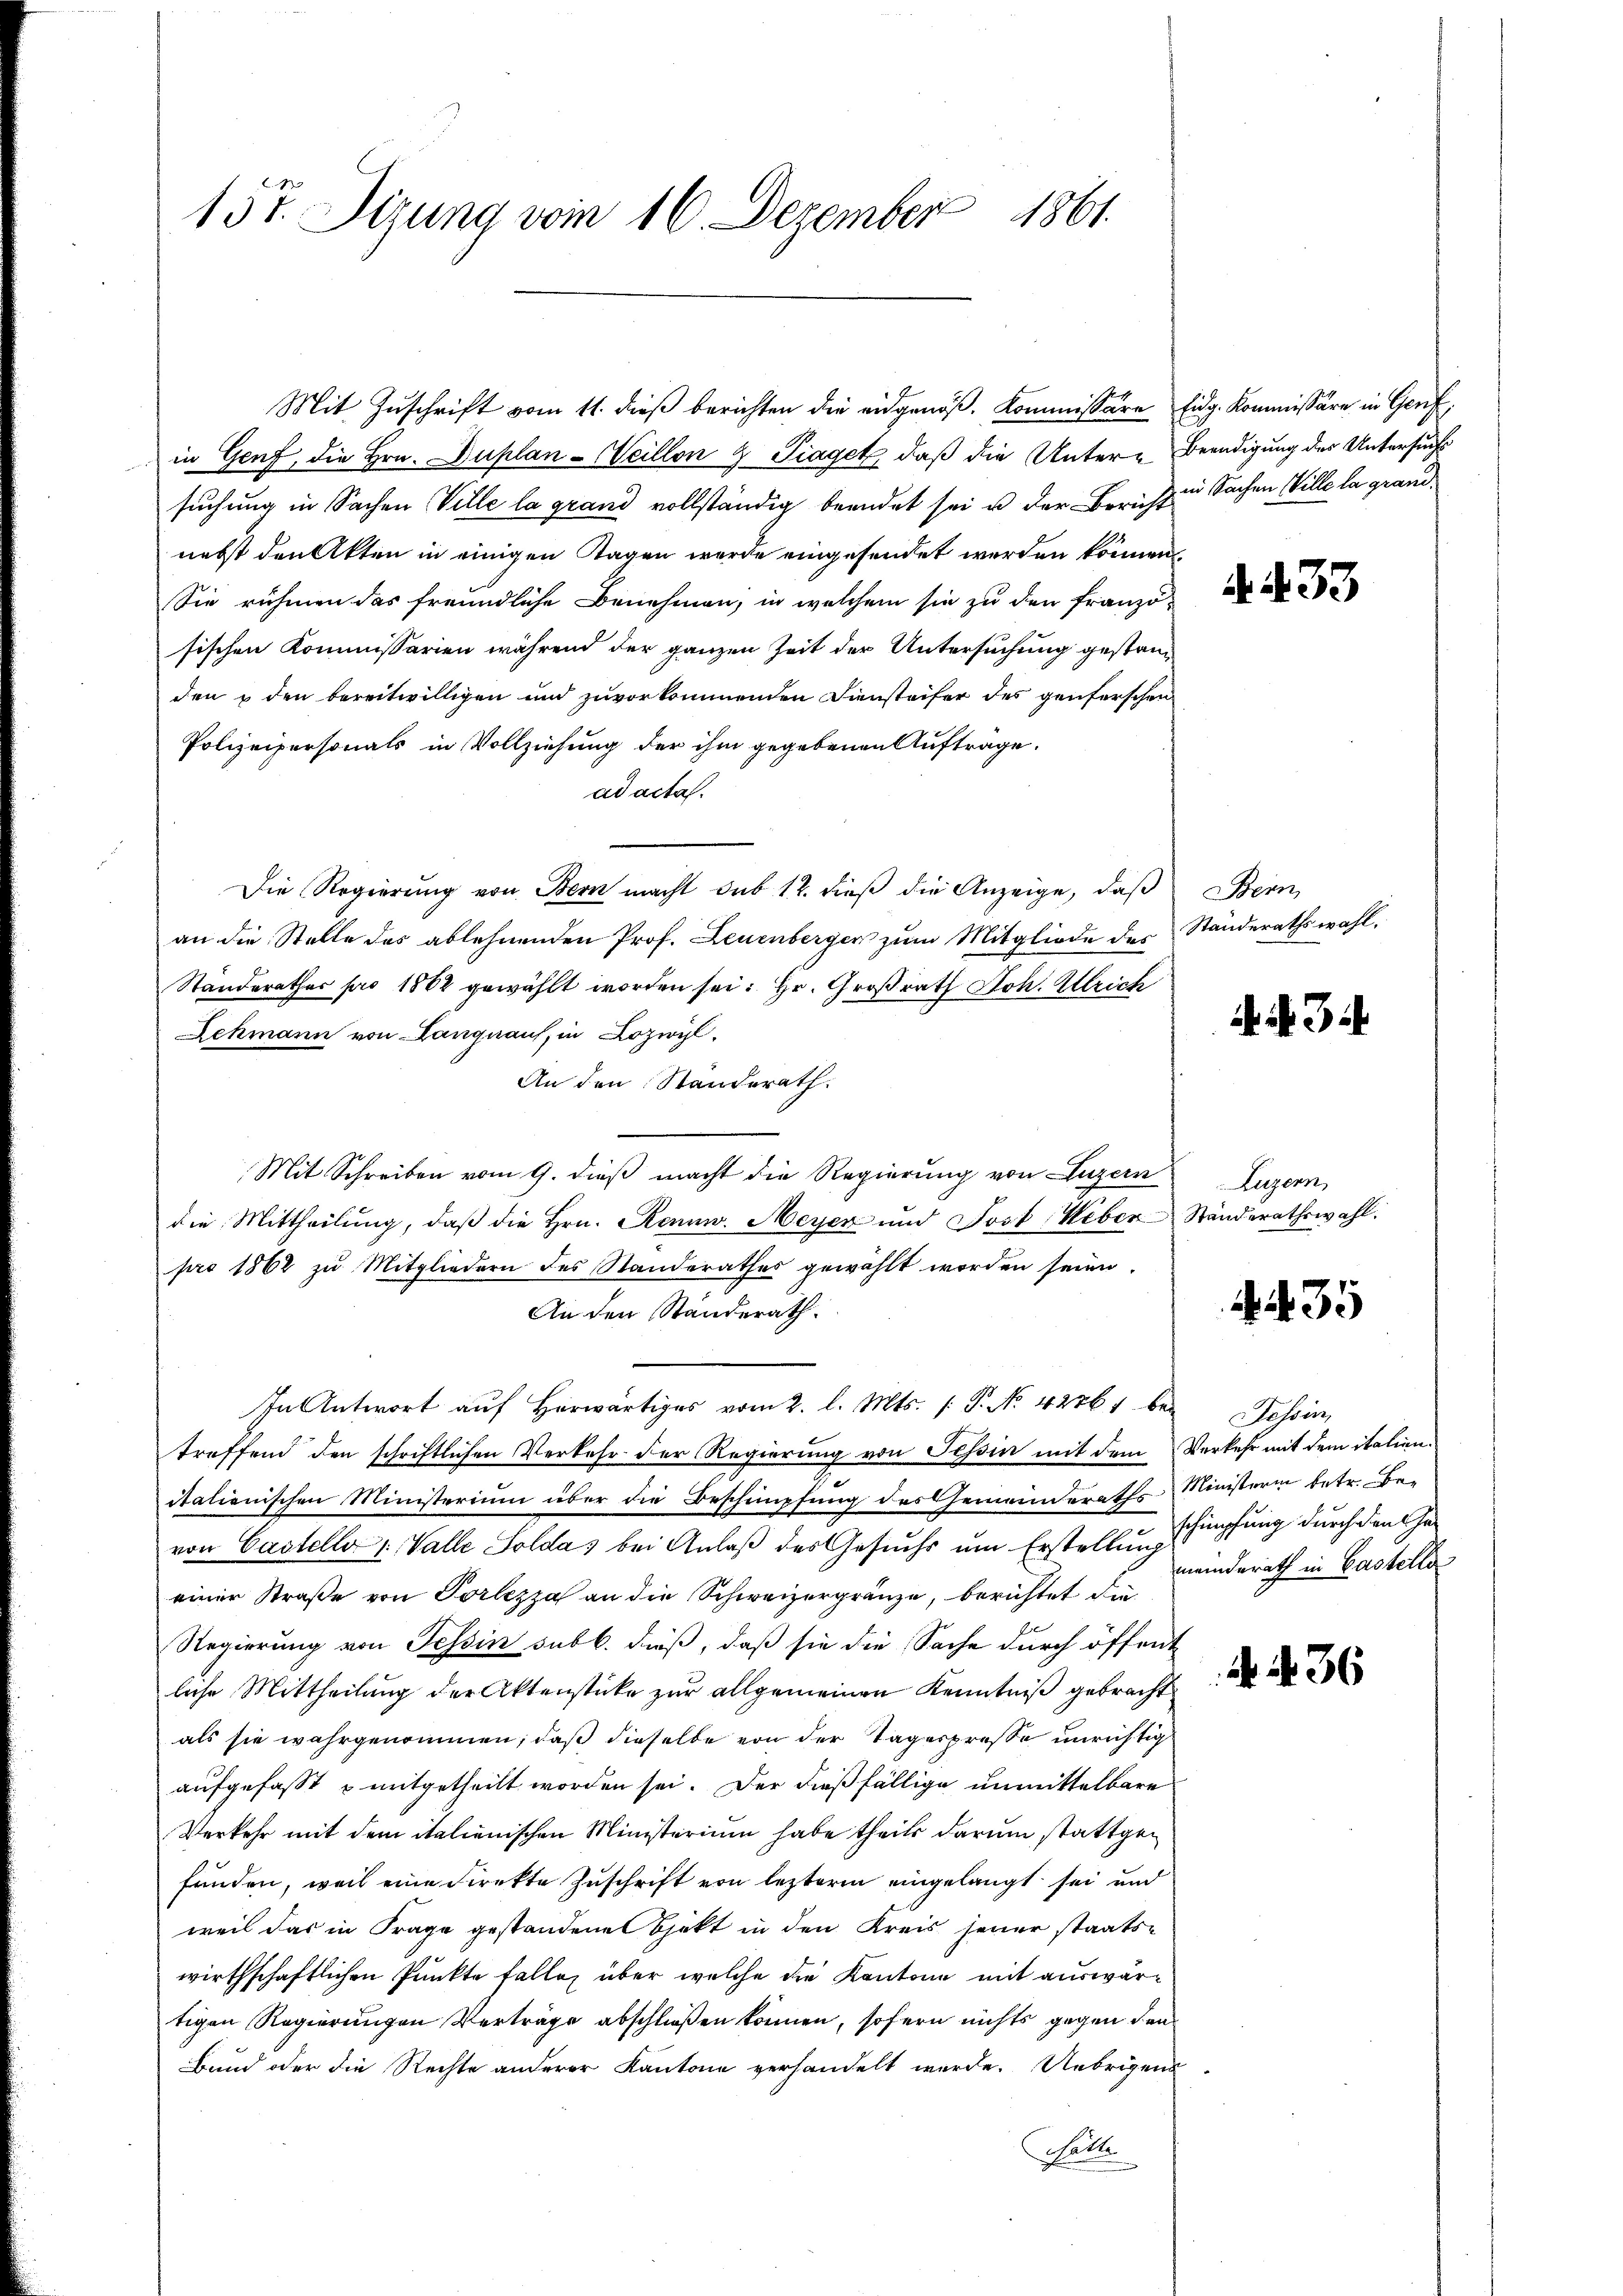
157. Sizung vom 16. Dezember 1861.

in Genf, die Hrn. Duplan - Weillon 8 Taget, daß die Unter-Beendigung des Untersuchs
suchung in Sachen Ville la grand vollständig beendet sei u der Bernste Sachen Wille la grandnebst den Akten in einigen Tagen werde eingesendet werden können,
Sie rühmen das freundliche Benehmen, in welchem sie zu den Franzö-
sischen Kommissarien während der ganzen Zeit der Untersuchung gestanden & den bereitwilligen und zuvorkommenden Diensteifer des genferschen
Polizeipersonals in Vollziehung der ihm gegebenen Auftrage.
ad acta.
Die Regierung von Bern macht sub 12. dieß die Anzeige, daß
an die Stelle des ablehnenden Prof. Leuenberger zum Mitgliede des Ständerathswahl.
Ständerathes pro 1862 gewählt worden sei. Hr. Großrath Joh. Ulrich
Lehmann von Langnaus, in Lozwyl,
An den Standerath.
Mit Schreiben vom 9. dieβ macht die Regierung von Luzern Luzern,
die Mittheilŭng, daβ die Hrn. Rennw. Meyer und Jost Weber-Ständerathswahl.
pro 1862 zu Mitgliedern des Standerathes gewählt worden seien.
An den Standerath.
In Antwort auf Herwärtiges vom 2. l. Mts. (T. No 42761 bei Tessin
treffend den schriftlichen Verkehr der Regierung von Tessin mit dem Verkehr mit dem italienitalienischen Ministerium über die Beschimpfung des Gemeinderates Ministerin betr. Be-
von Castello 1 Valle Soldas bei Anlaß des Gesuchs um Erstellung
einer Straße von Portezza an die Schweizergränze, berichtet die
Regierung von Tessin sub b. dieß, daß sie die Sache durch öffent
liche Mittheilung der Aktenstücke zur allgemeinen Kenntniß gebracht
als sie wahrgenommen, daß dieselbe von der Tagespresse unrichtig
aufgefasst mitgetheilt worden sei. Der dießfällige unmittelbare
Verkehr mit dem italienischen Ministerium habe theils darum stattgefunden, weil eine Direkte Zuschrift von lezterm eingelangt sei und
weil das in Frage gestandene Spekt in den Kreis jener staats-
wirthschaftlichen Punkte falle über welche die Kantone mit auswärtigen Regierungen Verträge abschließen können, sofern nichts gegen den
Bund oder die Rechte anderer Kantone verhandelt werde. Uebrigend
Hätte

Mit Zuschrift vom 11. dieß berichten die eidgenoß, Kommissäre Eidg. Kommissäre in Genf,

A.433

Bein

i 31.

35

schimpfung durch den Gemeinderath in Castelle

36